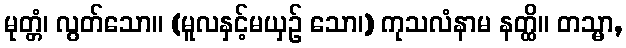
မုတ္တံ၊ လွတ်သော။ (မူလနှင့်မယှဉ် သော၊) ကုသလံနာမ နတ္ထိ။ တသ္မာ,